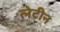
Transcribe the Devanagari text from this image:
लेटीन